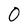
Character: 0